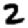
Digit: 2